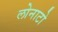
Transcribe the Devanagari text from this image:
लोनाटो